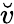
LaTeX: \breve{v}